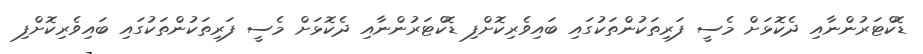
ޑޮކްޓަރުންނާއި ދެކޮޅަށް މެސީ ފަރިތަކުންތަކުގައި ބައިވެރިކޮށްފި ޑޮކްޓަރުންނާއި ދެކޮޅަށް މެސީ ފަރިތަކުންތަކުގައި ބައިވެރިކޮށްފި